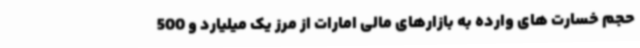
حجم خسارت های وارده به بازارهای مالی امارات از مرز یک میلیارد و 500